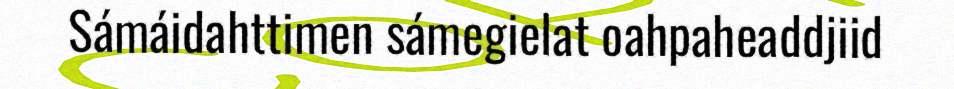
Sámáidahttimen sámegielat oahpaheaddjiid